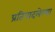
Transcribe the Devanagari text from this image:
प्रतिपादलेल्या